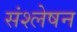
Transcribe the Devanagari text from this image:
संश्लेषन